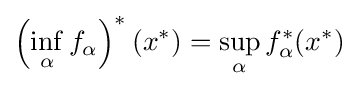
\left(\inf _{\alpha }f_{\alpha }\right)^{*}(x^{*})=\sup _{\alpha }f_{\alpha }^{*}(x^{*})